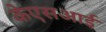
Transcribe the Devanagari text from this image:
केएसआई